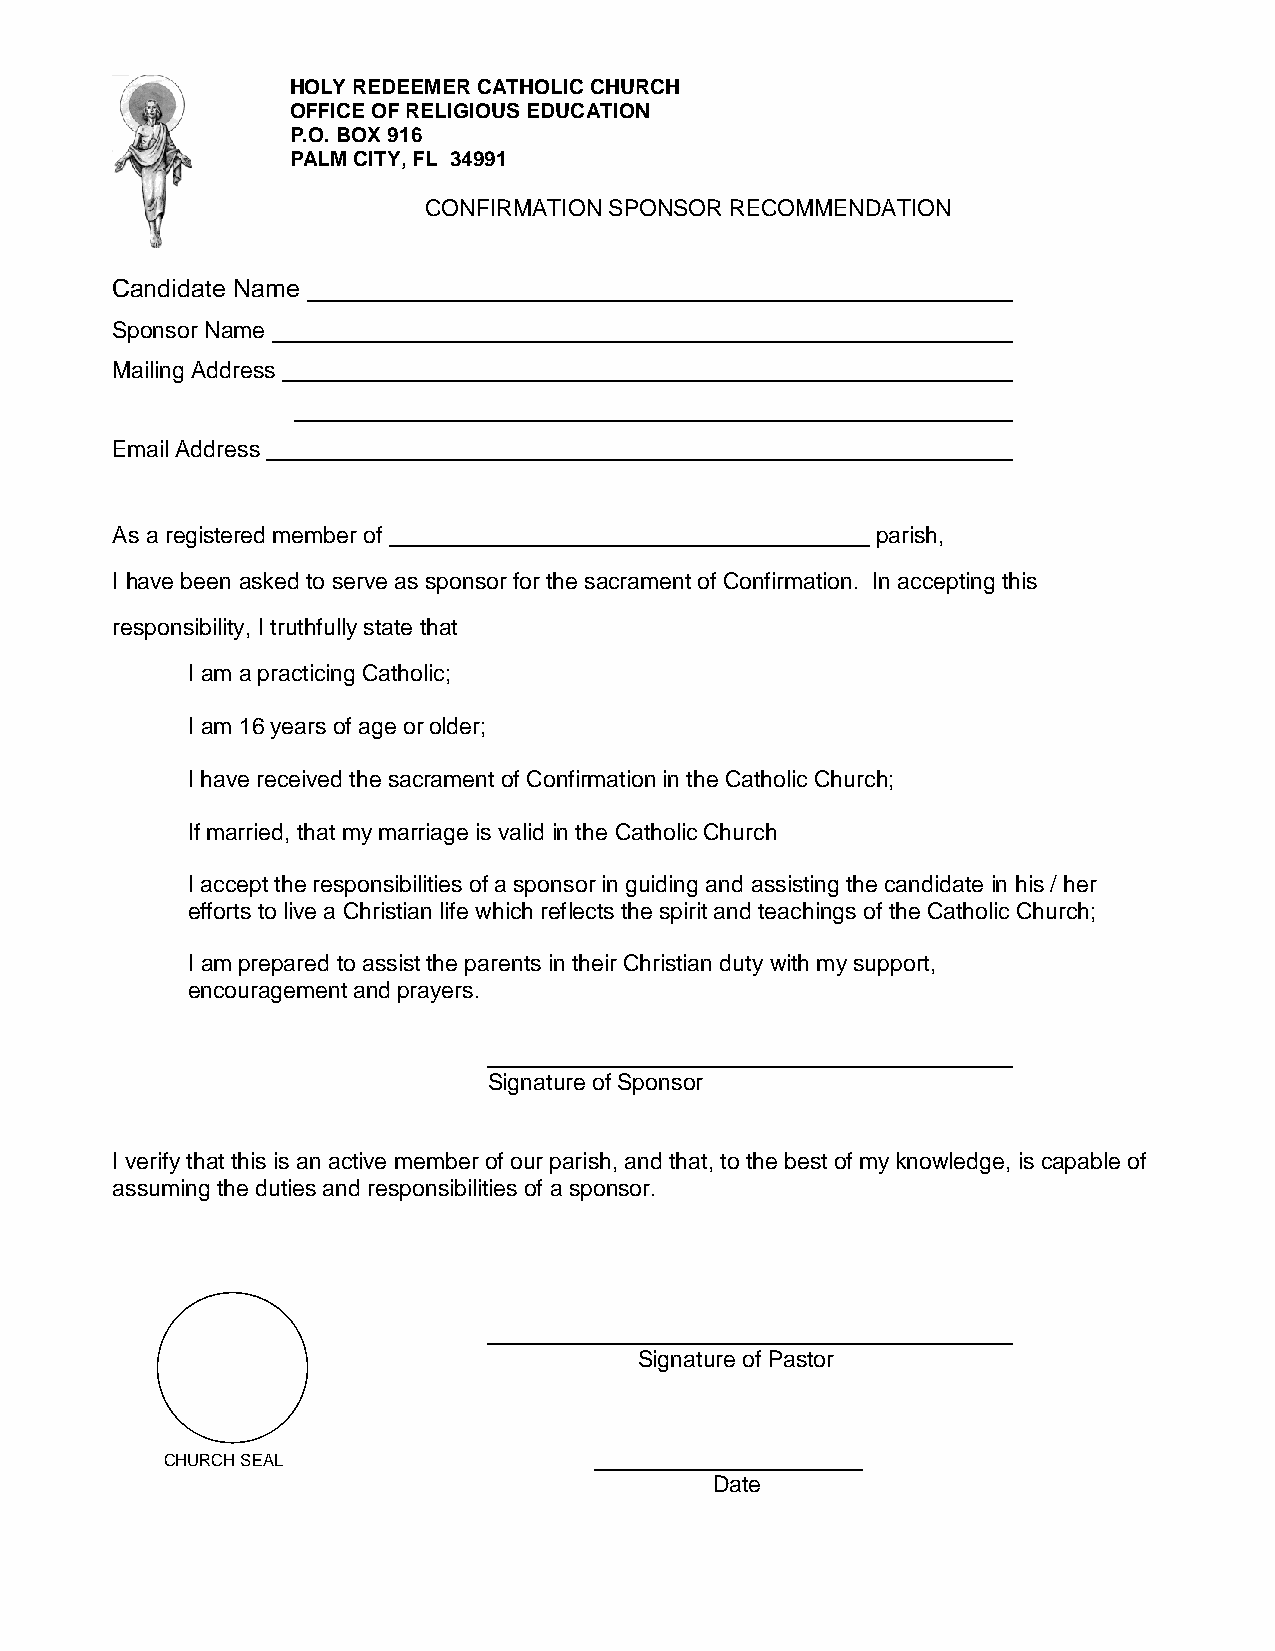
HOLY REDEEMER CATHOLIC CHURCH
 OFFICE OF RELIGIOUS EDUCATION
 P.O. BOX 916
 PALM CITY, FL 34991
 CONFIRMATION SPONSOR RECOMMENDATION
 Candidate Name
 Sponsor Name
 Mailing Address
 Email Address
 As a registered member of                          parish,
 I have been asked to serve as sponsor for the sacrament of Confirmation. In accepting this
 responsibility, I truthfully state that
 I am a practicing Catholic;
 I am 16 years of age or older;
 I have received the sacrament of Confirmation in the Catholic Church;
 If married, that my marriage is valid in the Catholic Church
 I accept the responsibilities of a sponsor in guiding and assisting the candidate in his / her
 efforts to live a Christian life which reflects the spirit and teachings of the Catholic Church;
 I am prepared to assist the parents in their Christian duty with my support,
 encouragement and prayers.
 Signature of Sponsor
 I verify that this is an active member of our parish, and that, to the best of my knowledge, is capable of
 assuming the duties and responsibilities of a sponsor.
 Signature of Pastor
 CHURCH SEAL
 Date